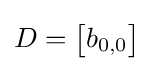
D={\begin{bmatrix}b_{0,0}\end{bmatrix}}